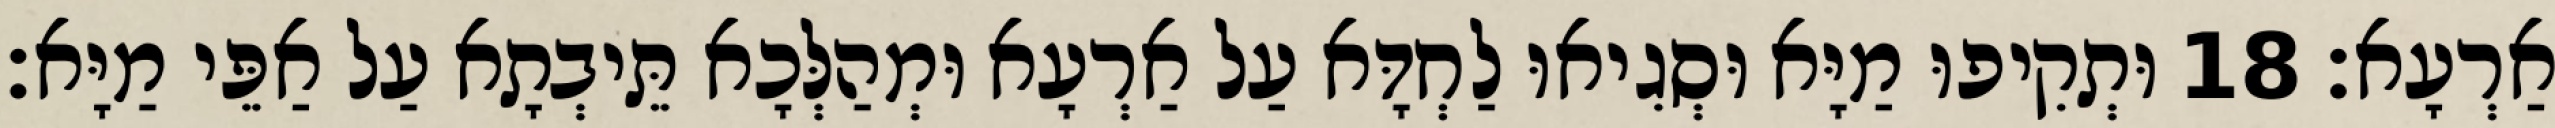
אַרְעָא׃ 18 וּתְקִיפוּ מַיָּא וּסְגִיאוּ לַחְדָּא עַל אַרְעָא וּמְהַלְּכָא תֵּיבְתָא עַל אַפֵּי מַיָּא׃